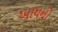
ખાધનો